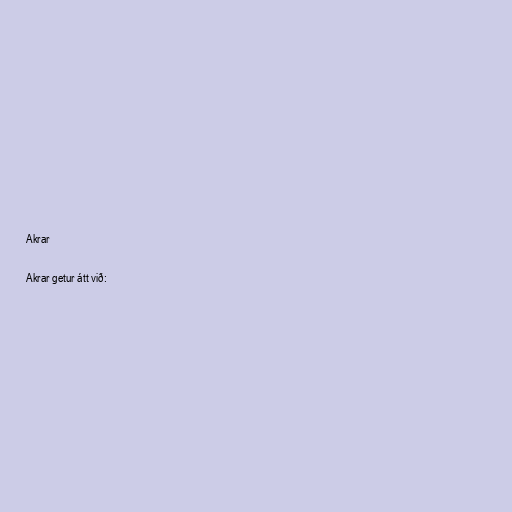
Akrar

Akrar getur átt við: